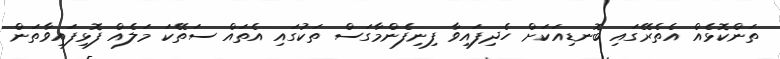
ތަންކޮޅެއް އެތެރޭގައި ބޮނޑިއަކަށް ހެދިފައިވާ ފިނިފެންމާގަސް ތަކުގައި އެތައް ސަތޭކަ މަލެއް ފޮޅިފައިވާތަން